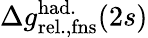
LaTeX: \Delta{g}_{\mathrm{rel.,fns}}^{\mathrm{had.}}(2s)